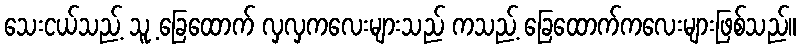
သေးငယ်သည့် သူ့ ခြေထောက် လှလှကလေးများသည် ကသည့် ခြေထောက်ကလေးများဖြစ်သည်။